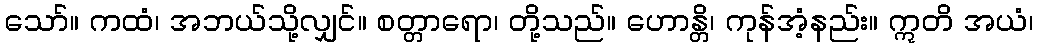
သော်။ ကထံ၊ အဘယ်သို့လျှင်။ စတ္တာရော၊ တို့သည်။ ဟောန္တိ၊ ကုန်အံ့နည်း။ ဣတိ အယံ၊